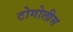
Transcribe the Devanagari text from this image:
टोगोलीस